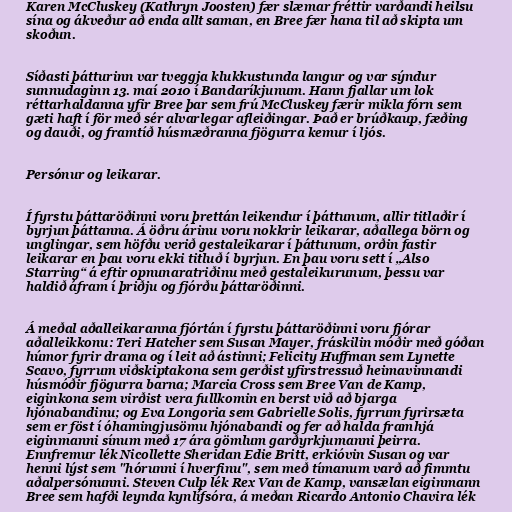
Karen McCluskey (Kathryn Joosten) fær slæmar fréttir varðandi heilsu
sína og ákveður að enda allt saman, en Bree fær hana til að skipta um
skoðun.

Síðasti þátturinn var tveggja klukkustunda langur og var sýndur
sunnudaginn 13. maí 2010 í Bandaríkjunum. Hann fjallar um lok
réttarhaldanna yfir Bree þar sem frú McCluskey færir mikla fórn sem
gæti haft í för með sér alvarlegar afleiðingar. Það er brúðkaup, fæðing
og dauði, og framtíð húsmæðranna fjögurra kemur í ljós.

Persónur og leikarar.

Í fyrstu þáttaröðinni voru þrettán leikendur í þáttunum, allir titlaðir í
byrjun þáttanna. Á öðru árinu voru nokkrir leikarar, aðallega börn og
unglingar, sem höfðu verið gestaleikarar í þáttunum, orðin fastir
leikarar en þau voru ekki titluð í byrjun. En þau voru sett í „Also
Starring“ á eftir opnunaratriðinu með gestaleikurunum, þessu var
haldið áfram í þriðju og fjórðu þáttaröðinni.

Á meðal aðalleikaranna fjórtán í fyrstu þáttaröðinni voru fjórar
aðalleikkonu: Teri Hatcher sem Susan Mayer, fráskilin móðir með góðan
húmor fyrir drama og í leit að ástinni; Felicity Huffman sem Lynette
Scavo, fyrrum viðskiptakona sem gerðist yfirstressuð heimavinnandi
húsmóðir fjögurra barna; Marcia Cross sem Bree Van de Kamp,
eiginkona sem virðist vera fullkomin en berst við að bjarga
hjónabandinu; og Eva Longoria sem Gabrielle Solis, fyrrum fyrirsæta
sem er föst í óhamingjusömu hjónabandi og fer að halda framhjá
eiginmanni sínum með 17 ára gömlum garðyrkjumanni þeirra.
Ennfremur lék Nicollette Sheridan Edie Britt, erkióvin Susan og var
henni lýst sem "hórunni í hverfinu", sem með tímanum varð að fimmtu
aðalpersónunni. Steven Culp lék Rex Van de Kamp, vansælan eiginmann
Bree sem hafði leynda kynlífsóra, á meðan Ricardo Antonio Chavira lék